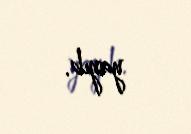
yayıb.